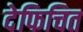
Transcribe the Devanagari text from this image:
देफिचित